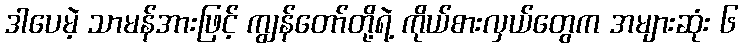
ဒါပေမဲ့ သာမန်အားဖြင့် ကျွန်တော်တို့ရဲ့ ကိုယ်စားလှယ်တွေက အများဆုံး ၆